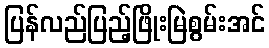
ပြန်လည်ပြည့်ဖြိုးမြဲစွမ်းအင်